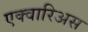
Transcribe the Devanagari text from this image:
एक्वारिअस